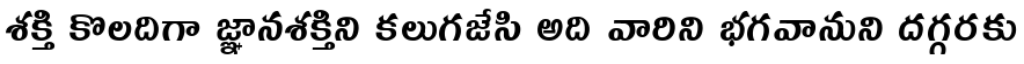
శక్తి కొలదిగా జ్ఞానశక్తిని కలుగజేసి అది వారిని భగవానుని దగ్గరకు